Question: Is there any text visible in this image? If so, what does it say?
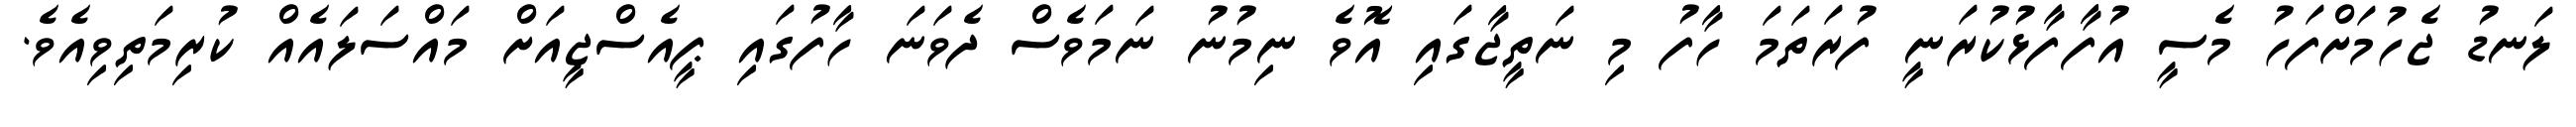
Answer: ލަނޑު ޖެހުމަށްފަހު މެސީ އުފާފާޅުކުރަނީ ފުރަތަމަ ހާފު މި ނަތީޖާގައި އޮވެ ނިމުނު ނަމަވެސް ދެވަނަ ހާފުގައި ޕީއެސްޖީއަށް މައްސަލައެއް ކުރިމަތިވިއެވެ.